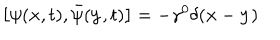
LaTeX: \left[ \psi ( { \bf x } , t ) , \bar { \psi } ( { \bf y } , t ) \right] = - \gamma ^ { 0 } \delta ( { \bf x } - { \bf y } )